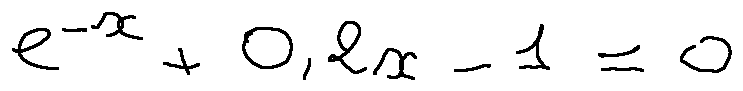
e ^ { - x } + 0 , 2 x - 1 = 0